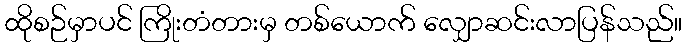
ထိုစဉ်မှာပင် ကြိုးတံတားမှ တစ်ယောက် လျှောဆင်းလာပြန်သည်။